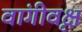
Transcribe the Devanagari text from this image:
वांगीवृक्ष